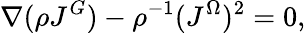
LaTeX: \nabla(\rho J^{G})-\rho^{-1}(J^{\Omega})^{2}=0,